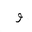
Letter: _waw